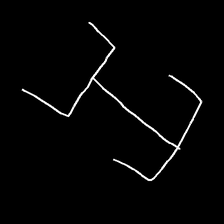
Glyph: entwine